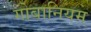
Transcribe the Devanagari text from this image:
गोबानियम